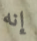
إنه